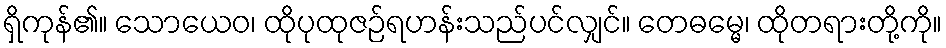
ရှိကုန်၏။ သောယေဝ၊ ထိုပုထုဇဉ်ရဟန်းသည်ပင်လျှင်။ တေဓမ္မေ၊ ထိုတရားတို့ကို။